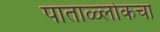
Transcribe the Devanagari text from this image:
पाताळ्लोकचा